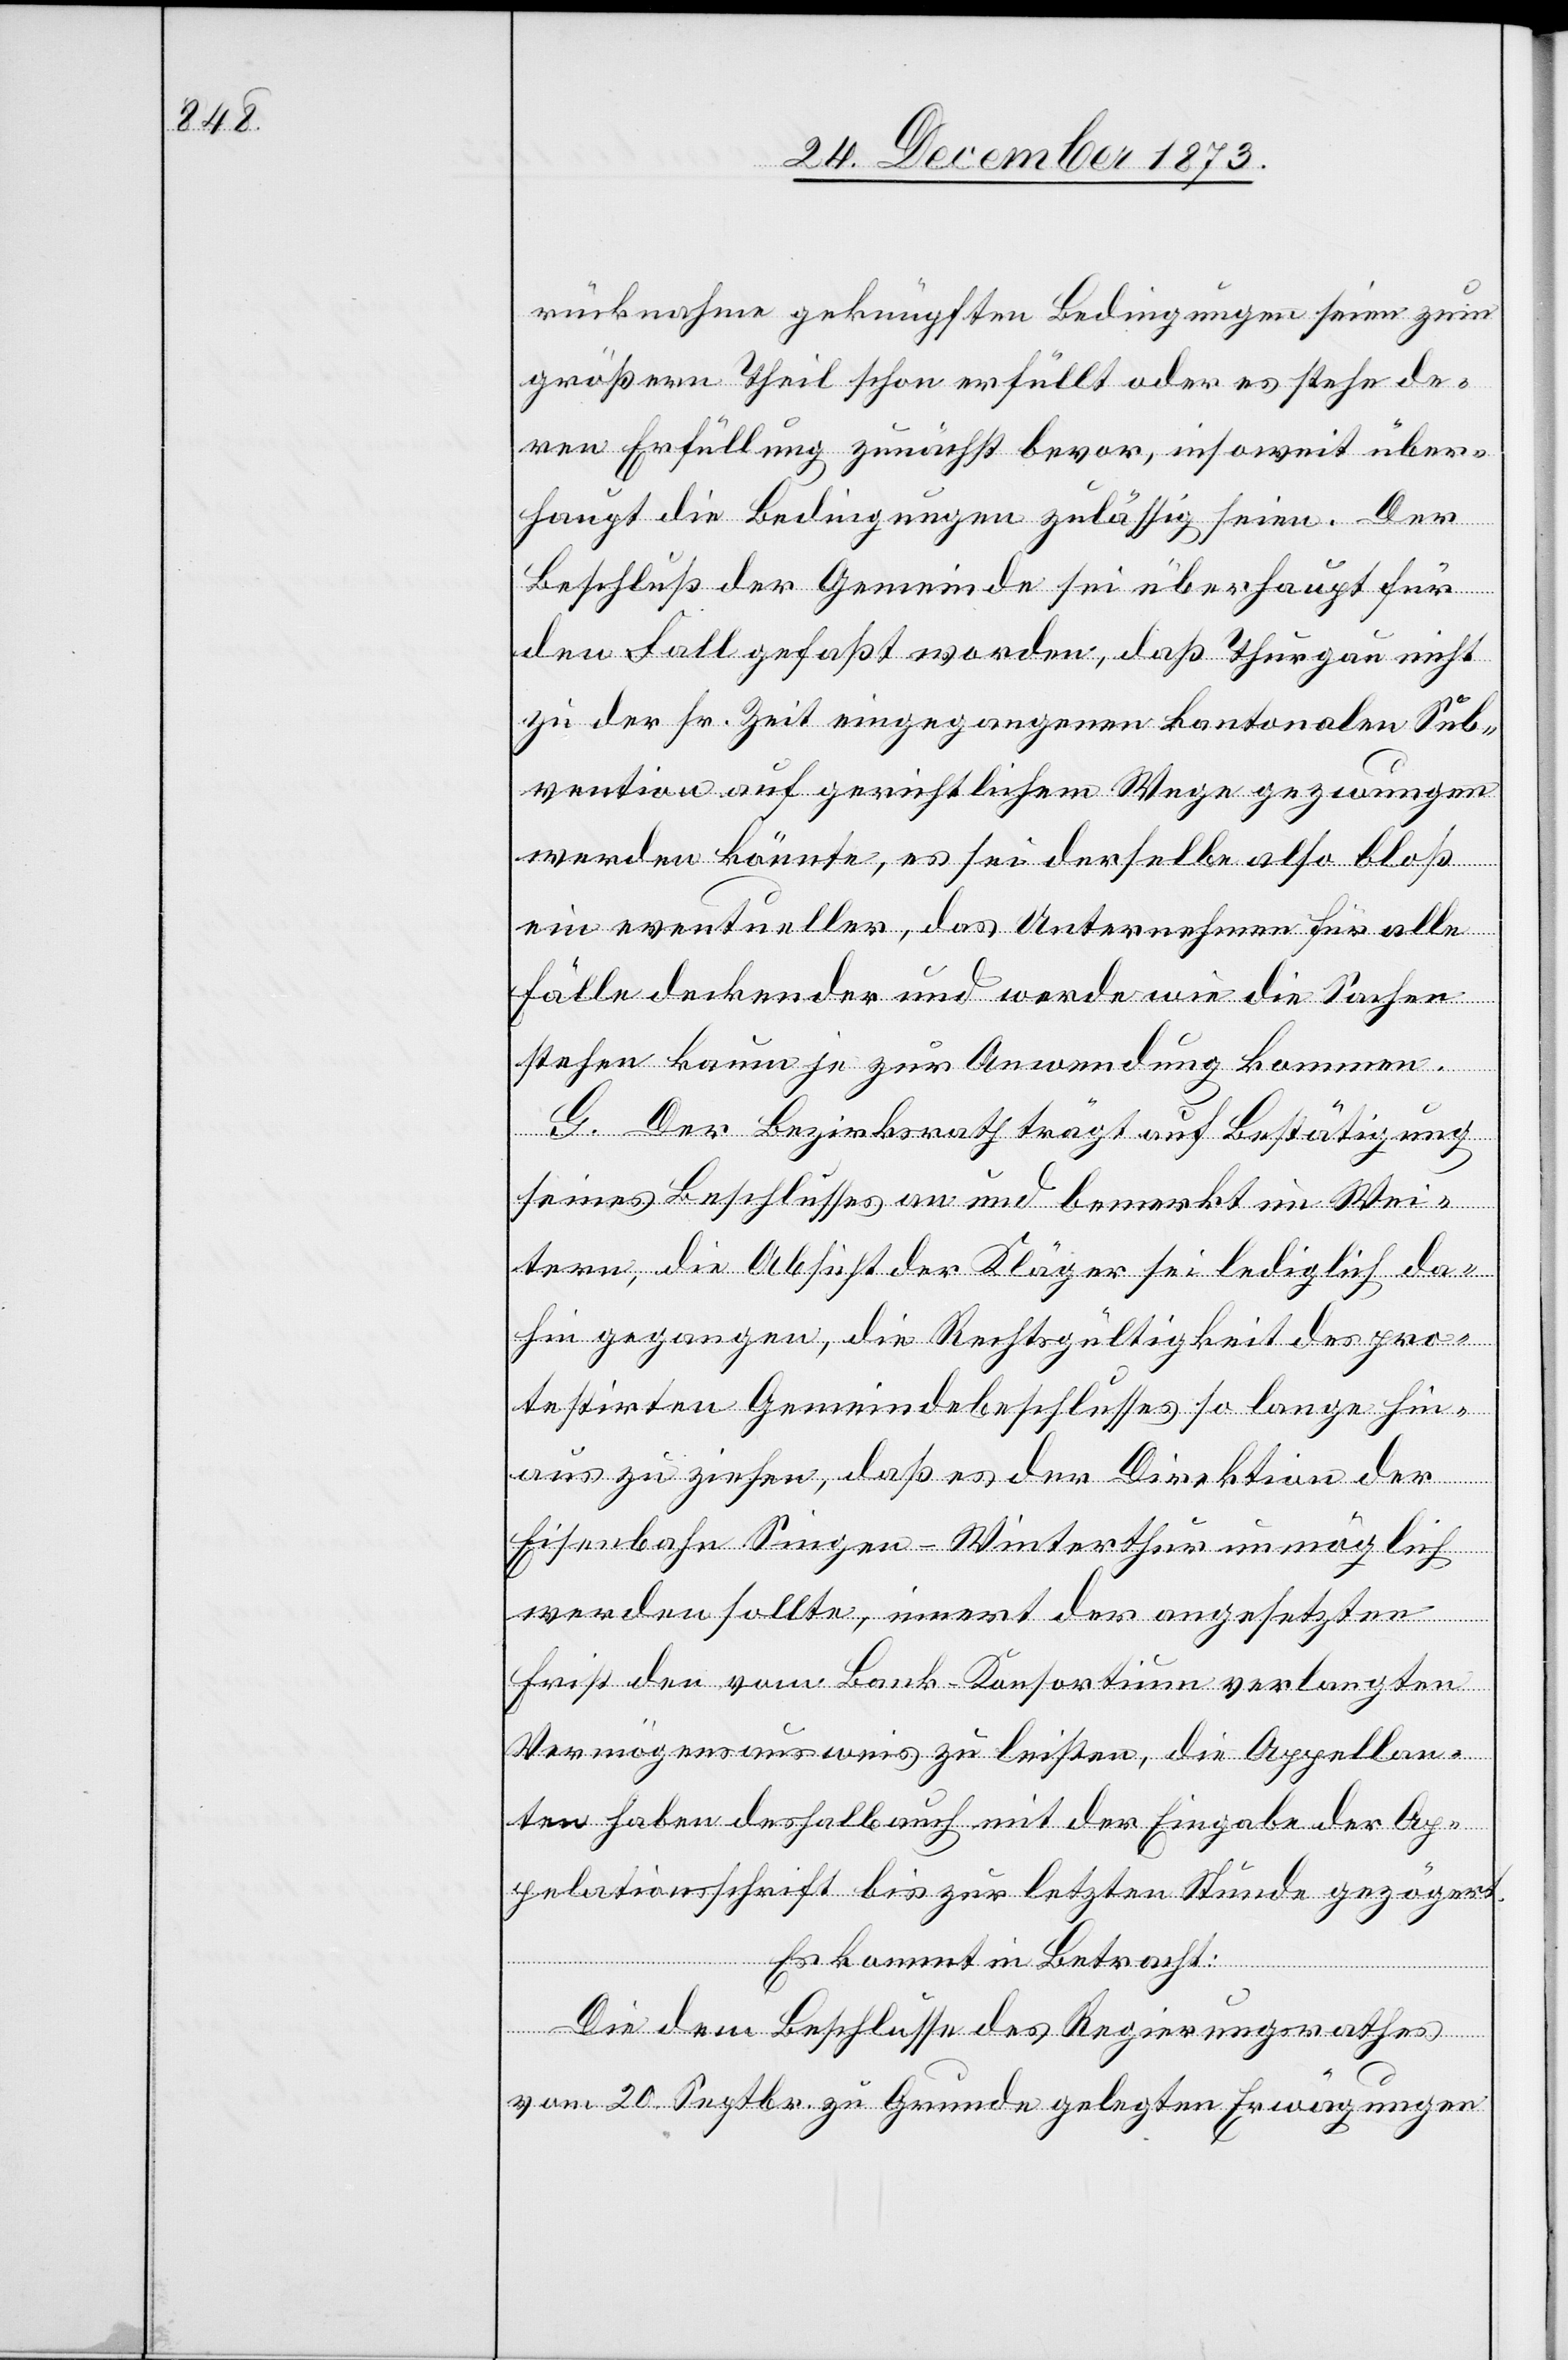
rücknahme geknüpften Bedingungen seien zum
größern Theil schon erfüllt oder es stehe de¬
ren Erfüllung zunächst bevor, insoweit über¬
haupt die Bedingungen zulässig seien. Der
Beschluß der Gemeinde sei überhaupt für
den Fall gefaßt worden, daß Thurgau nicht
zu der sr. Zeit eingegangenen kantonalen Sub¬
vention auf gerichtlichem Wege gezwungen
werden könnte, es sei derselbe also bloß
ein eventueller, das Unternehmen für alle
Fälle deckender und werde wie die Sachen
stehen kaum je zur Anwendung kommen.
G. Der Bezirksrath trägt auf Bestätigung
seines Beschlusses an und bemerkt im Wei¬
tern, die Absicht der Kläger sei lediglich da¬
hin gegangen, die Rechtsgültigkeit des pro¬
testirten Gemeindebeschlusses so lange hin¬
aus zu ziehen, daß es der Direktion der
Eisenbahn Singen–Winterthur unmöglich
werden sollte, innert der angesetzten
Frist den vom Bank-Konsortium verlangten
Vermögensausweis zu leisten, die Appellan¬
ten haben deshalb auch mit der Eingabe der Ap¬
pelationsschrift bis zur letzten Stunde gezögert.
Es kommt in Betracht:
Die dem Beschlusse des Regierungsrathes
vom 20. Septbr. zu Grunde gelegten Erwägungen